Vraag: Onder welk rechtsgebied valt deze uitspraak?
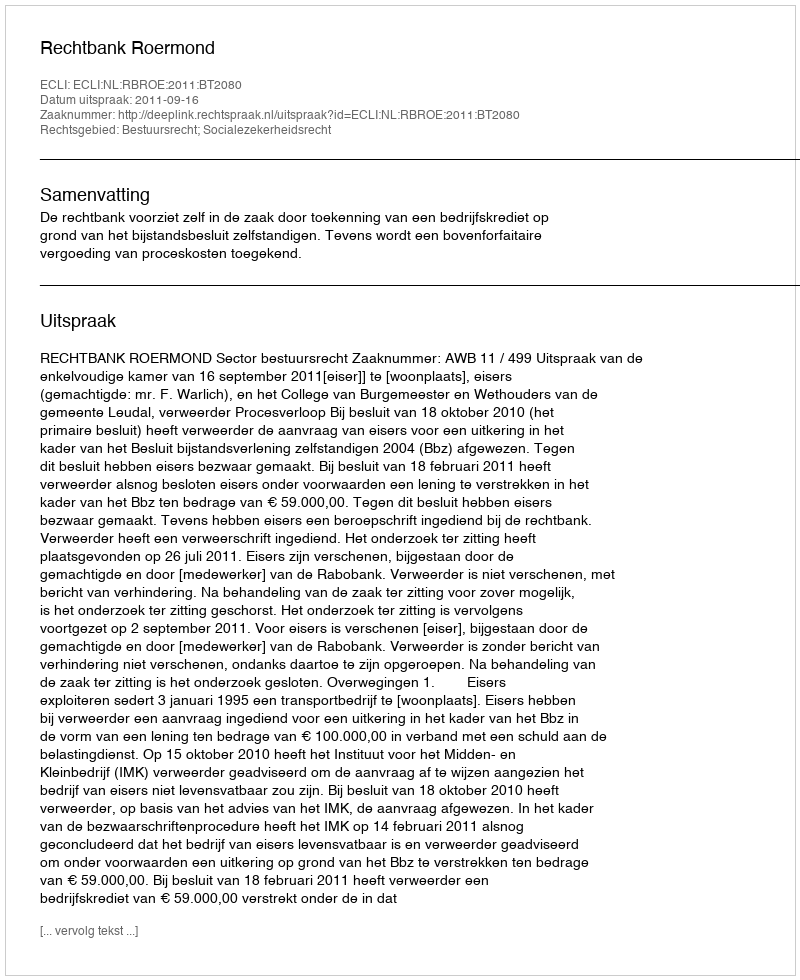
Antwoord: Bestuursrecht; Socialezekerheidsrecht